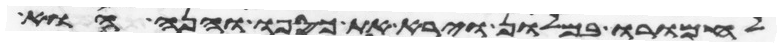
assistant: לחמרו במלון וירא את כספו והנה הוא